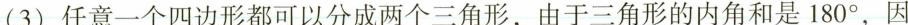
(3)任意一个四边形都可以分成两个三角形，由于三角形的内角和是180°，因